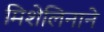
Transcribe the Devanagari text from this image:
मिशेलिनाने